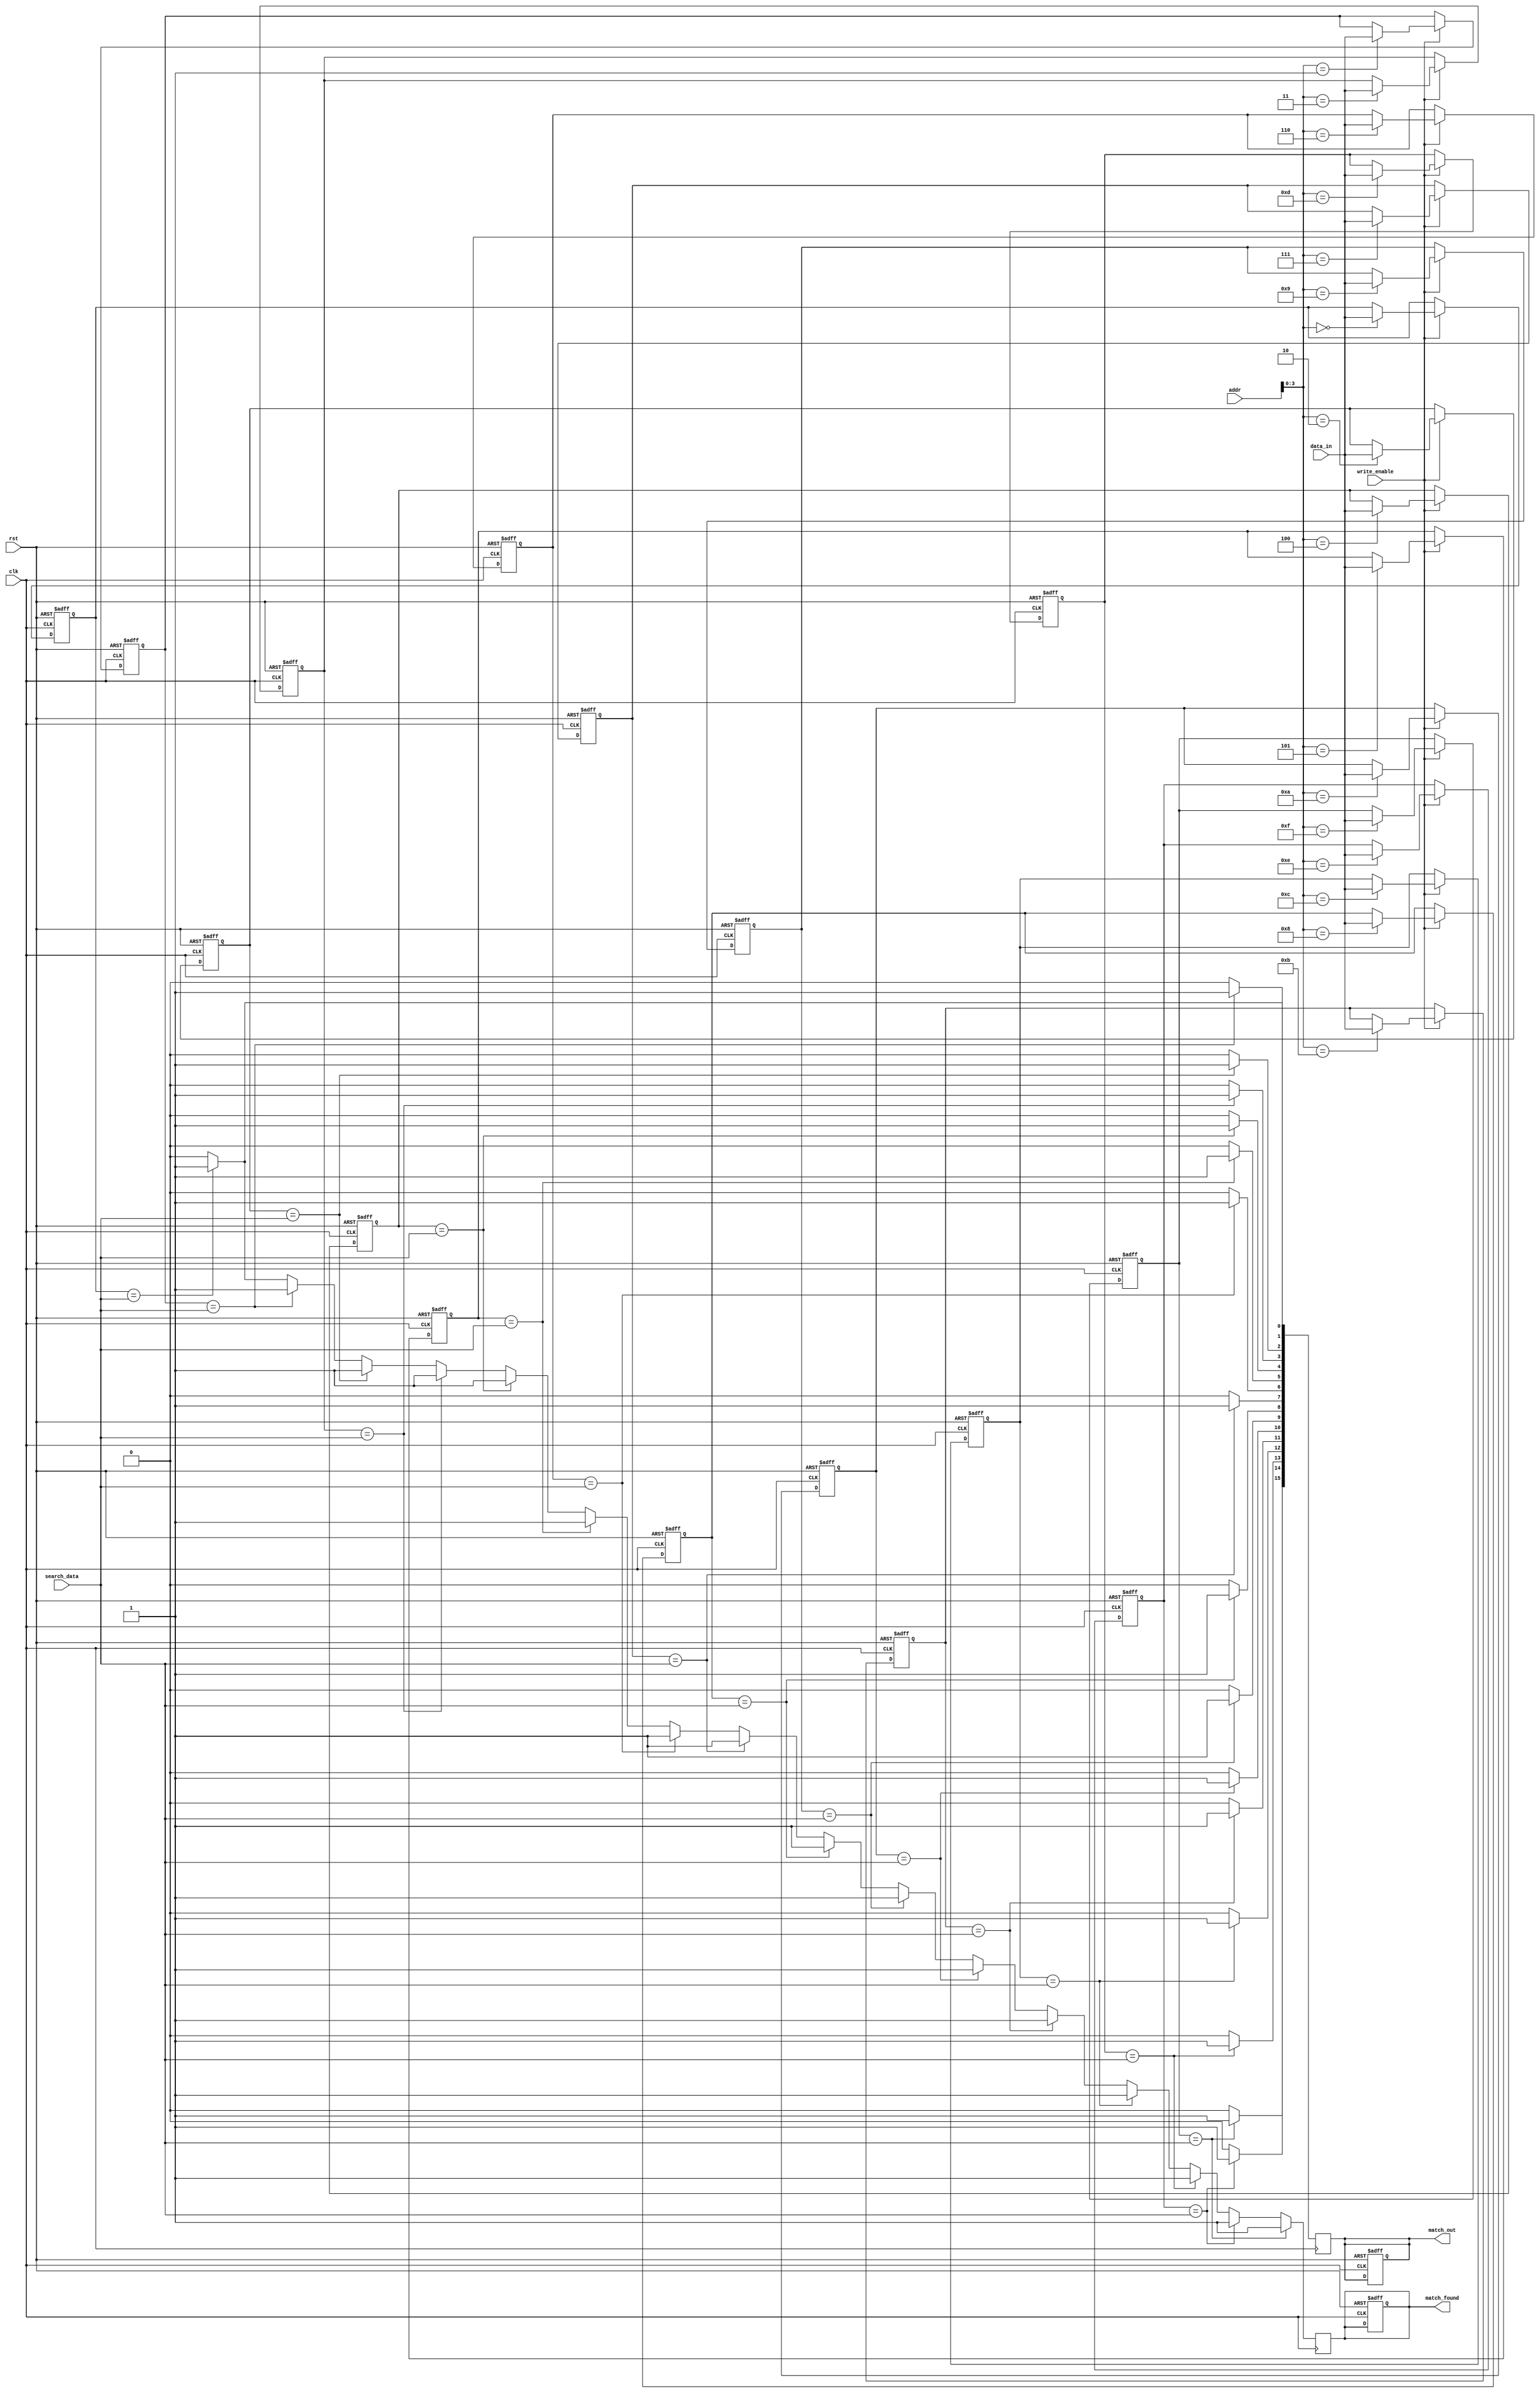
module sram_cam #(
    parameter WORD_SIZE = 8,     // Width of each entry in bits
    parameter DEPTH = 16          // Number of entries in the CAM
)(
    input wire clk,               // Clock signal
    input wire rst,               // Reset signal
    input wire [WORD_SIZE-1:0] data_in, // Data input for write operations
    input wire [DEPTH-1:0] addr,  // Address input for write operations
    input wire write_enable,       // Write enable signal
    input wire [WORD_SIZE-1:0] search_data, // Data input for search operations
    output reg [DEPTH-1:0] match_out, // Match output indicating matching addresses
    output reg match_found         // Match found signal
);

    // Memory Array (SRAM Cells)
    reg [WORD_SIZE-1:0] memory [0:DEPTH-1];

    integer i;

    // Write Operation
    always @(posedge clk or posedge rst) begin
        if (rst) begin
            // Reset memory
            for (i = 0; i < DEPTH; i = i + 1) begin
                memory[i] <= {WORD_SIZE{1'b0}};
            end
            match_out <= {DEPTH{1'b0}};
            match_found <= 1'b0;
        end else if (write_enable) begin
            // Write data to specified address
            memory[addr] <= data_in;
        end
    end

    // Search Operation
    always @(posedge clk) begin
        match_out <= {DEPTH{1'b0}}; // Clear match output
        match_found <= 1'b0;        // Clear match found signal

        // Compare search_data with all entries in memory
        for (i = 0; i < DEPTH; i = i + 1) begin
            if (memory[i] == search_data) begin
                match_out[i] <= 1'b1;   // Set match output for this entry
                match_found <= 1'b1;     // Indicate that at least one match is found
            end
        end
    end
endmodule